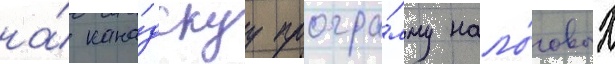
на́ кана́дскуу програ́мму нало́говых